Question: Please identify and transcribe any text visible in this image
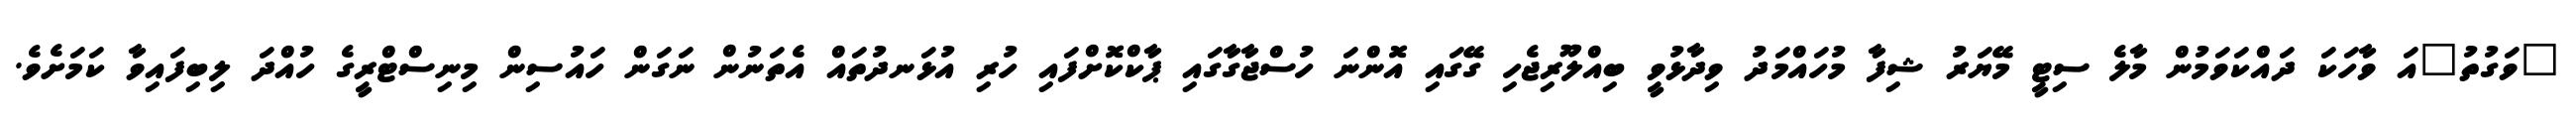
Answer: "ވަގުތު"އަ ވާހަކަ ދައްކަވަމުން މާލެ ސިޓީ މޭޔަރު ޝިފާ މުހައްމަދު ވިދާޅުވީ ބިއްލޫރިޖެހި ގޭގައި އޮންނަ ހުސްޖާގާގައި ޕާކްކޮށްފައި ހުރި އުޅަނދުތައް އެތަނުން ނަގަން ހައުސިން މިނިސްޓްރީގެ ހުއްދަ ލިބިފައިވާ ކަމަށެވެ.